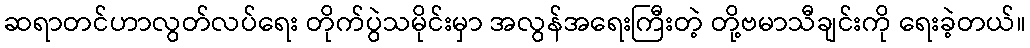
ဆရာတင်ဟာလွတ်လပ်ရေး တိုက်ပွဲသမိုင်းမှာ အလွန်အရေးကြီးတဲ့ တို့ဗမာသီချင်းကို ရေးခဲ့တယ်။